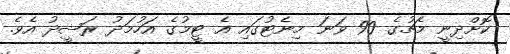
ކޮށްދިނީ މެޗުގެ 90 ވަނަ މިނެޓުގައި އެ ޓީމުގެ އަހުމަދު ރަޝީދު އެވެ.